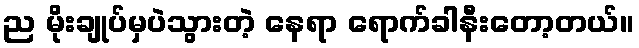
ည မိုးချုပ်မှပဲသွားတဲ့ နေရာ ရောက်ခါနီးတော့တယ်။